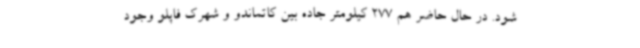
شود. در حال حاضر هم 277 کیلومتر جاده بین کاتماندو و شهرک فاپلو وجود